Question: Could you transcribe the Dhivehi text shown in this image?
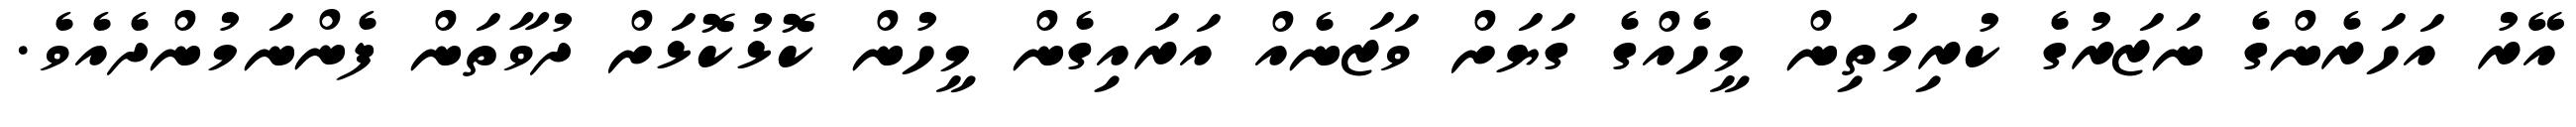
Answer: އޭރު އަހަރެންގެ ނަޒަރުގެ ކުރިމަތިން މީހެއްގެ ގަޔަށް ވަޒަނެއް އަރައިގެން މީހުން ކޮޅުކޮޅަށް ދުވާތަން ފެންނަމުންދެއެވެ.